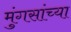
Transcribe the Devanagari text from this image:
मुंगसांच्या